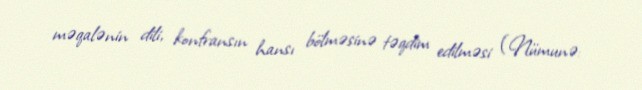
məqalənin dili, konfransın hansı bölməsinə təqdim edilməsi (Nümunə: